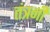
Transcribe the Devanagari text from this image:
तंत्रनी